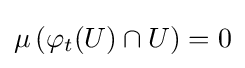
\mu \left(\varphi _{t}(U)\cap U\right)=0